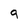
Character: 9